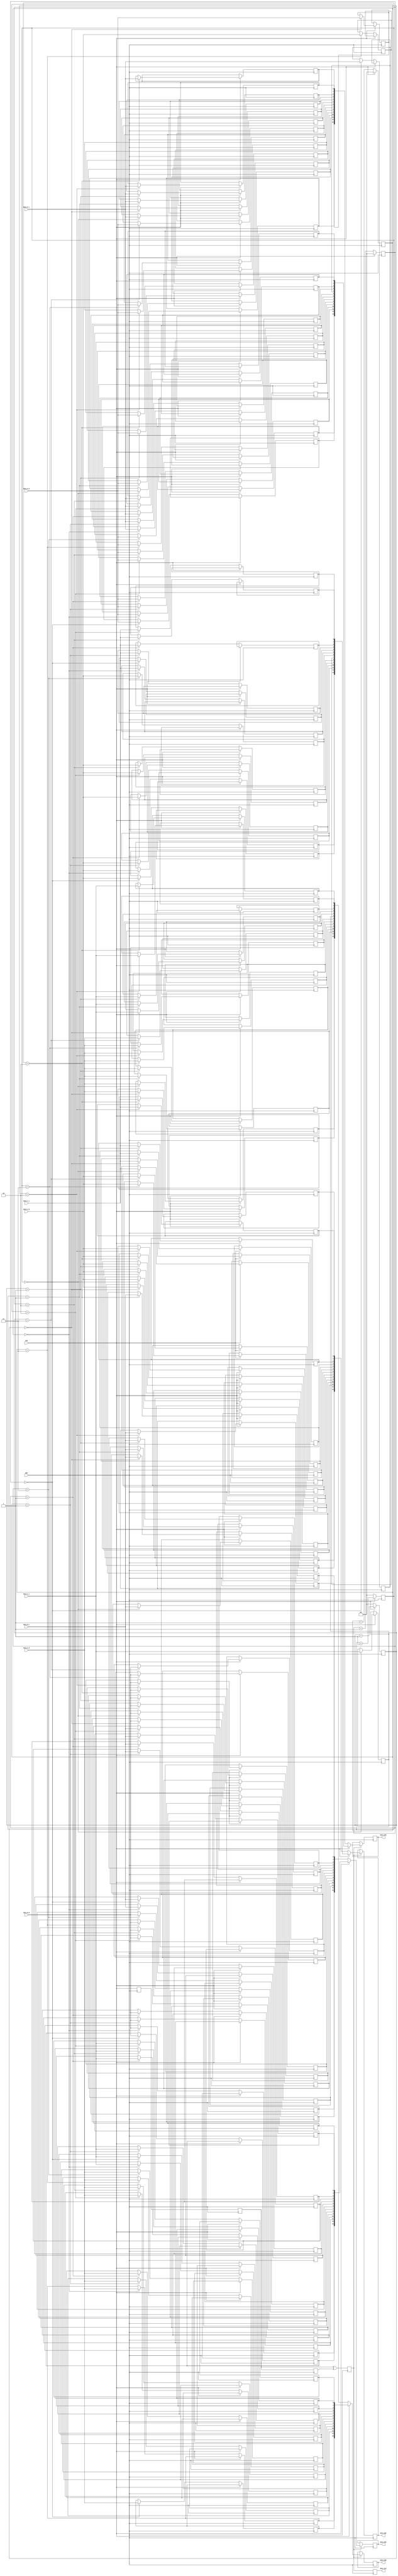
module AD9253Driver(

		 input wire Data_A_L,
		 input wire Data_A_H,
		 input wire Data_B_L,
		 input wire Data_B_H,
		 input wire Data_C_L,
		 input wire Data_C_H,
		 input wire Data_D_L,
		 input wire Data_D_H,

     input wire DCO,
     input wire FCO,
		 
		 output reg       Data_VLD,
		 output reg[13:0] Data_CH0,
		 output reg[13:0] Data_CH1,
		 output reg[13:0] Data_CH2,
		 output reg[13:0] Data_CH3

);

reg [1:0]FCO_COUNT_H_Rise;
reg [1:0]FCO_COUNT_H_Down;
reg [1:0]FCO_COUNT_L_Rise;
reg [1:0]FCO_COUNT_L_Down;

reg [7:0]REG_DATA_H_H_CH0;
reg [7:0]REG_DATA_H_L_CH0;
reg [7:0]REG_DATA_L_H_CH0;
reg [7:0]REG_DATA_L_L_CH0;

reg [7:0]REG_DATA_H_H_CH1;
reg [7:0]REG_DATA_H_L_CH1;
reg [7:0]REG_DATA_L_H_CH1;
reg [7:0]REG_DATA_L_L_CH1;

reg [7:0]REG_DATA_H_H_CH2;
reg [7:0]REG_DATA_H_L_CH2;
reg [7:0]REG_DATA_L_H_CH2;
reg [7:0]REG_DATA_L_L_CH2;

reg [7:0]REG_DATA_H_H_CH3;
reg [7:0]REG_DATA_H_L_CH3;
reg [7:0]REG_DATA_L_H_CH3;
reg [7:0]REG_DATA_L_L_CH3;

reg Data_VLD_GEN_1D,Data_VLD_GEN_2D,Data_VLD_GEN_3D,Data_VLD_GEN;

always @(posedge DCO)
begin
  Data_VLD_GEN_1D<=FCO;
  Data_VLD_GEN_2D<=Data_VLD_GEN_1D;
  Data_VLD_GEN_3D<=Data_VLD_GEN_2D;
  Data_VLD_GEN<=Data_VLD_GEN_2D^Data_VLD_GEN_3D;
  Data_VLD<=Data_VLD_GEN;
end

always @(posedge DCO)
begin
 if(Data_VLD_GEN==1'b1)
   begin
	  if(FCO==1'b1)
	    begin
	      Data_CH0<={REG_DATA_L_H_CH0,REG_DATA_L_L_CH0[7:2]}; 
		   Data_CH1<={REG_DATA_L_H_CH1,REG_DATA_L_L_CH1[7:2]}; 
		   Data_CH2<={REG_DATA_L_H_CH2,REG_DATA_L_L_CH2[7:2]}; 
		   Data_CH3<={REG_DATA_L_H_CH3,REG_DATA_L_L_CH3[7:2]}; 	
		 end
	  else
	    begin
	      Data_CH0<={REG_DATA_H_H_CH0,REG_DATA_H_L_CH0[7:2]}; 
		   Data_CH1<={REG_DATA_H_H_CH1,REG_DATA_H_L_CH1[7:2]}; 
		   Data_CH2<={REG_DATA_H_H_CH2,REG_DATA_H_L_CH2[7:2]}; 
		   Data_CH3<={REG_DATA_H_H_CH3,REG_DATA_H_L_CH3[7:2]}; 	
		 end	  
	end
end

always @(posedge DCO)
begin
	if(FCO==1'b1)
	  begin
	    case(FCO_COUNT_H_Rise)
		   2'b00:
			      begin
					 REG_DATA_H_H_CH0[7]<=Data_A_H;
					 REG_DATA_H_L_CH0[7]<=Data_A_L;
					 REG_DATA_H_H_CH1[7]<=Data_B_H;
					 REG_DATA_H_L_CH1[7]<=Data_B_L;
					 REG_DATA_H_H_CH2[7]<=Data_C_H;
					 REG_DATA_H_L_CH2[7]<=Data_C_L;
					 REG_DATA_H_H_CH3[7]<=Data_D_H;
					 REG_DATA_H_L_CH3[7]<=Data_D_L;					 
					end
			2'b01:
			      begin
					 REG_DATA_H_H_CH0[5]<=Data_A_H;
					 REG_DATA_H_L_CH0[5]<=Data_A_L;
					 REG_DATA_H_H_CH1[5]<=Data_B_H;
					 REG_DATA_H_L_CH1[5]<=Data_B_L;
					 REG_DATA_H_H_CH2[5]<=Data_C_H;
					 REG_DATA_H_L_CH2[5]<=Data_C_L;
					 REG_DATA_H_H_CH3[5]<=Data_D_H;
					 REG_DATA_H_L_CH3[5]<=Data_D_L;					 
					end			
			2'b10:
			      begin
					 REG_DATA_H_H_CH0[3]<=Data_A_H;
					 REG_DATA_H_L_CH0[3]<=Data_A_L;
					 REG_DATA_H_H_CH1[3]<=Data_B_H;
					 REG_DATA_H_L_CH1[3]<=Data_B_L;
					 REG_DATA_H_H_CH2[3]<=Data_C_H;
					 REG_DATA_H_L_CH2[3]<=Data_C_L;
					 REG_DATA_H_H_CH3[3]<=Data_D_H;
					 REG_DATA_H_L_CH3[3]<=Data_D_L;					 
					end				
			2'b11:
			      begin
					 REG_DATA_H_H_CH0[1]<=Data_A_H;
					 REG_DATA_H_L_CH0[1]<=Data_A_L;
					 REG_DATA_H_H_CH1[1]<=Data_B_H;
					 REG_DATA_H_L_CH1[1]<=Data_B_L;
					 REG_DATA_H_H_CH2[1]<=Data_C_H;
					 REG_DATA_H_L_CH2[1]<=Data_C_L;
					 REG_DATA_H_H_CH3[1]<=Data_D_H;
					 REG_DATA_H_L_CH3[1]<=Data_D_L;					 
					end				
       endcase
	  end 
end

always @(negedge DCO)
begin
	if(FCO==1'b1)
	  begin
	    case(FCO_COUNT_H_Down)
		   2'b00:
			      begin
					 REG_DATA_H_H_CH0[6]<=Data_A_H;
					 REG_DATA_H_L_CH0[6]<=Data_A_L;
					 REG_DATA_H_H_CH1[6]<=Data_B_H;
					 REG_DATA_H_L_CH1[6]<=Data_B_L;
					 REG_DATA_H_H_CH2[6]<=Data_C_H;
					 REG_DATA_H_L_CH2[6]<=Data_C_L;
					 REG_DATA_H_H_CH3[6]<=Data_D_H;
					 REG_DATA_H_L_CH3[6]<=Data_D_L;					 
					end
			2'b01:
			      begin
					 REG_DATA_H_H_CH0[4]<=Data_A_H;
					 REG_DATA_H_L_CH0[4]<=Data_A_L;
					 REG_DATA_H_H_CH1[4]<=Data_B_H;
					 REG_DATA_H_L_CH1[4]<=Data_B_L;
					 REG_DATA_H_H_CH2[4]<=Data_C_H;
					 REG_DATA_H_L_CH2[4]<=Data_C_L;
					 REG_DATA_H_H_CH3[4]<=Data_D_H;
					 REG_DATA_H_L_CH3[4]<=Data_D_L;					 
					end			
			2'b10:
			      begin
					 REG_DATA_H_H_CH0[2]<=Data_A_H;
					 REG_DATA_H_L_CH0[2]<=Data_A_L;
					 REG_DATA_H_H_CH1[2]<=Data_B_H;
					 REG_DATA_H_L_CH1[2]<=Data_B_L;
					 REG_DATA_H_H_CH2[2]<=Data_C_H;
					 REG_DATA_H_L_CH2[2]<=Data_C_L;
					 REG_DATA_H_H_CH3[2]<=Data_D_H;
					 REG_DATA_H_L_CH3[2]<=Data_D_L;					 
					end				
			2'b11:
			      begin
					 REG_DATA_H_H_CH0[0]<=Data_A_H;
					 REG_DATA_H_L_CH0[0]<=Data_A_L;
					 REG_DATA_H_H_CH1[0]<=Data_B_H;
					 REG_DATA_H_L_CH1[0]<=Data_B_L;
					 REG_DATA_H_H_CH2[0]<=Data_C_H;
					 REG_DATA_H_L_CH2[0]<=Data_C_L;
					 REG_DATA_H_H_CH3[0]<=Data_D_H;
					 REG_DATA_H_L_CH3[0]<=Data_D_L;					 
					end				
       endcase
	  end 
end

always @(posedge DCO)
begin
	if(FCO==1'b0)
	  begin
	    case(FCO_COUNT_L_Rise)
		   2'b00:
			      begin
					 REG_DATA_L_H_CH0[7]<=Data_A_H;
					 REG_DATA_L_L_CH0[7]<=Data_A_L;
					 REG_DATA_L_H_CH1[7]<=Data_B_H;
					 REG_DATA_L_L_CH1[7]<=Data_B_L;
					 REG_DATA_L_H_CH2[7]<=Data_C_H;
					 REG_DATA_L_L_CH2[7]<=Data_C_L;
					 REG_DATA_L_H_CH3[7]<=Data_D_H;
					 REG_DATA_L_L_CH3[7]<=Data_D_L;					 
					end
			2'b01:
			      begin
					 REG_DATA_L_H_CH0[5]<=Data_A_H;
					 REG_DATA_L_L_CH0[5]<=Data_A_L;
					 REG_DATA_L_H_CH1[5]<=Data_B_H;
					 REG_DATA_L_L_CH1[5]<=Data_B_L;
					 REG_DATA_L_H_CH2[5]<=Data_C_H;
					 REG_DATA_L_L_CH2[5]<=Data_C_L;
					 REG_DATA_L_H_CH3[5]<=Data_D_H;
					 REG_DATA_L_L_CH3[5]<=Data_D_L;					 
					end			
			2'b10:
			      begin
					 REG_DATA_L_H_CH0[3]<=Data_A_H;
					 REG_DATA_L_L_CH0[3]<=Data_A_L;
					 REG_DATA_L_H_CH1[3]<=Data_B_H;
					 REG_DATA_L_L_CH1[3]<=Data_B_L;
					 REG_DATA_L_H_CH2[3]<=Data_C_H;
					 REG_DATA_L_L_CH2[3]<=Data_C_L;
					 REG_DATA_L_H_CH3[3]<=Data_D_H;
					 REG_DATA_L_L_CH3[3]<=Data_D_L;					 
					end				
			2'b11:
			      begin
					 REG_DATA_L_H_CH0[1]<=Data_A_H;
					 REG_DATA_L_L_CH0[1]<=Data_A_L;
					 REG_DATA_L_H_CH1[1]<=Data_B_H;
					 REG_DATA_L_L_CH1[1]<=Data_B_L;
					 REG_DATA_L_H_CH2[1]<=Data_C_H;
					 REG_DATA_L_L_CH2[1]<=Data_C_L;
					 REG_DATA_L_H_CH3[1]<=Data_D_H;
					 REG_DATA_L_L_CH3[1]<=Data_D_L;					 
					end				
       endcase
	  end 
end

always @(negedge DCO)
begin
	if(FCO==1'b0)
	  begin
	    case(FCO_COUNT_L_Down)
		   2'b00:
			      begin
					 REG_DATA_L_H_CH0[6]<=Data_A_H;
					 REG_DATA_L_L_CH0[6]<=Data_A_L;
					 REG_DATA_L_H_CH1[6]<=Data_B_H;
					 REG_DATA_L_L_CH1[6]<=Data_B_L;
					 REG_DATA_L_H_CH2[6]<=Data_C_H;
					 REG_DATA_L_L_CH2[6]<=Data_C_L;
					 REG_DATA_L_H_CH3[6]<=Data_D_H;
					 REG_DATA_L_L_CH3[6]<=Data_D_L;					 
					end
			2'b01:
			      begin
					 REG_DATA_L_H_CH0[4]<=Data_A_H;
					 REG_DATA_L_L_CH0[4]<=Data_A_L;
					 REG_DATA_L_H_CH1[4]<=Data_B_H;
					 REG_DATA_L_L_CH1[4]<=Data_B_L;
					 REG_DATA_L_H_CH2[4]<=Data_C_H;
					 REG_DATA_L_L_CH2[4]<=Data_C_L;
					 REG_DATA_L_H_CH3[4]<=Data_D_H;
					 REG_DATA_L_L_CH3[4]<=Data_D_L;					 
					end			
			2'b10:
			      begin
					 REG_DATA_L_H_CH0[2]<=Data_A_H;
					 REG_DATA_L_L_CH0[2]<=Data_A_L;
					 REG_DATA_L_H_CH1[2]<=Data_B_H;
					 REG_DATA_L_L_CH1[2]<=Data_B_L;
					 REG_DATA_L_H_CH2[2]<=Data_C_H;
					 REG_DATA_L_L_CH2[2]<=Data_C_L;
					 REG_DATA_L_H_CH3[2]<=Data_D_H;
					 REG_DATA_L_L_CH3[2]<=Data_D_L;					 
					end				
			2'b11:
			      begin
					 REG_DATA_L_H_CH0[0]<=Data_A_H;
					 REG_DATA_L_L_CH0[0]<=Data_A_L;
					 REG_DATA_L_H_CH1[0]<=Data_B_H;
					 REG_DATA_L_L_CH1[0]<=Data_B_L;
					 REG_DATA_L_H_CH2[0]<=Data_C_H;
					 REG_DATA_L_L_CH2[0]<=Data_C_L;
					 REG_DATA_L_H_CH3[0]<=Data_D_H;
					 REG_DATA_L_L_CH3[0]<=Data_D_L;					 
					end				
       endcase
	  end 
end

always @(posedge DCO)
begin
	if(FCO==1'b1)
	  FCO_COUNT_L_Rise <= 2'b00;
	else 
	  FCO_COUNT_L_Rise <= FCO_COUNT_L_Rise + 2'b01;
end

always @(negedge DCO)
begin
	if(FCO==1'b1)
	  FCO_COUNT_L_Down <= 2'b00;
	else 
	  FCO_COUNT_L_Down <= FCO_COUNT_L_Down + 2'b01;
end

always @(posedge DCO)
begin
	if(FCO==1'b0)
	  FCO_COUNT_H_Rise <= 2'b00;
	else 
	  FCO_COUNT_H_Rise <= FCO_COUNT_H_Rise + 2'b01;
end

always @(negedge DCO)
begin
	if(FCO==1'b0)
	  FCO_COUNT_H_Down <= 2'b00;
	else 
	  FCO_COUNT_H_Down <= FCO_COUNT_H_Down + 2'b01;
end

endmodule